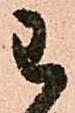
わ